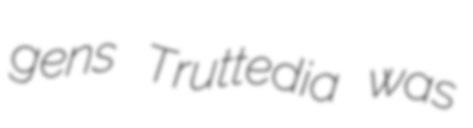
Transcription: gens Truttedia was